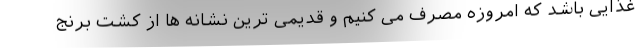
غذایی باشد که امروزه مصرف می کنیم و قدیمی ترین نشانه ها از کشت برنج